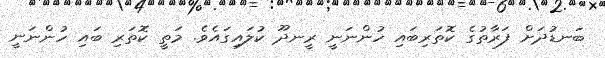
ބަނޑުދަށް ފަރާތުގެ ކޮތަރިބައި ހުންނަނީ ރީނދޫ ކުލައިގައެވެ. މަތީ ކޮތަރި ބައި ހުންނަނީ